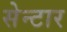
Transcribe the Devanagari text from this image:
सेन्टार